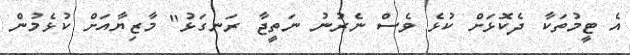
އެ ޓީމުތަކާ ދެކޮޅަށް ކުޅެ ވެސް ނެރުނު ނަތީޖާ ރަނގަޅު" މާޒިޔާއަށް ކުޅެމުން